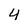
Character: 4